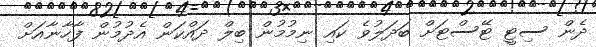
ދެން ސިޓީ ޓޭސްޓަށް ބަދަލުވެ ކައި ނިމުމުން ބިލް ދައްކަން އެދުމުން ފާހާނާއަށް